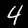
Digit: 4